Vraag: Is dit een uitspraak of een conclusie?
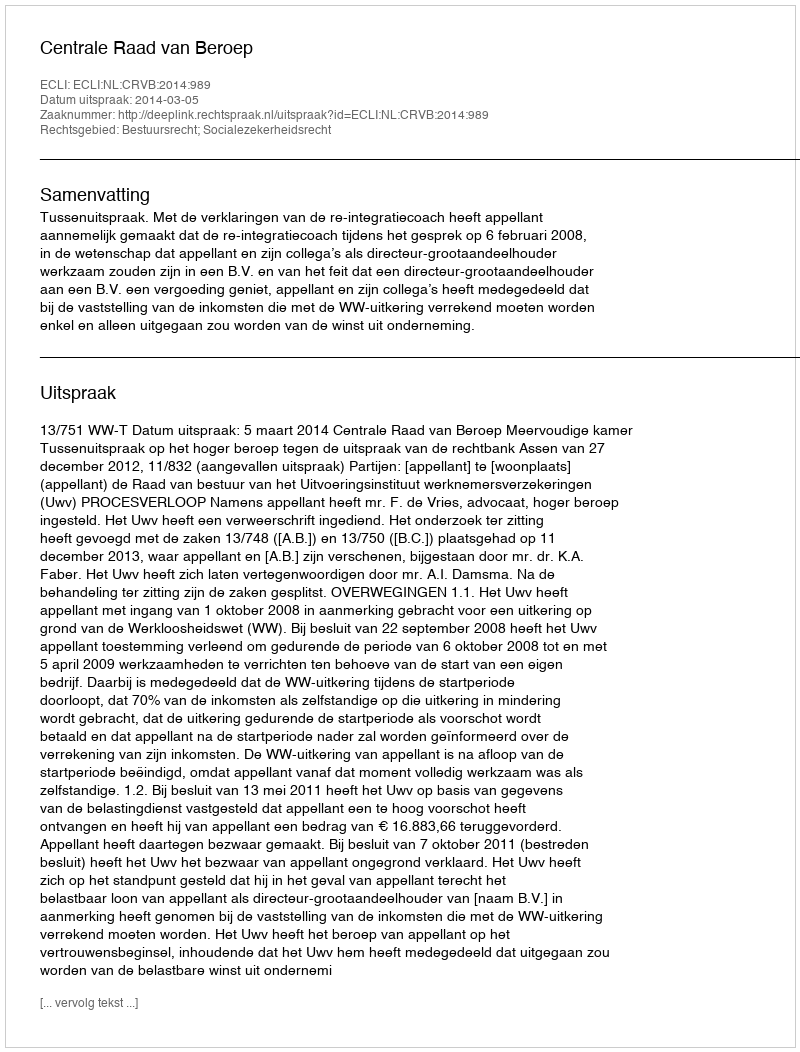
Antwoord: Uitspraak